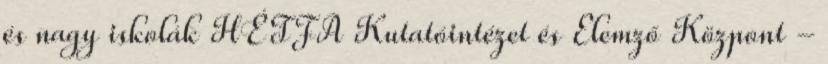
és nagy iskolák HÉTFA Kutatóintézet és Elemző Központ -